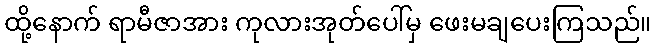
ထို့နောက် ရာမီဇာအား ကုလားအုတ်ပေါ်မှ ဖေးမချပေးကြသည်။